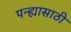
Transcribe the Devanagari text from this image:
पन्ह्यासाठी